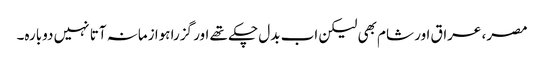
مصر، عراق اور شام بھی لیکن اب بدل چکے تھے اور گزرا ہوا زمانہ آتا نہیں دوبارہ۔